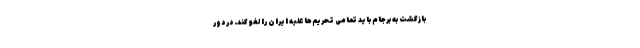
بازگشت به برجام باید تمامی تحریم‌ها علیه ایران را لغو کند. در دور